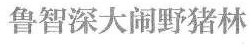
鲁智深大闹野猪林